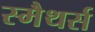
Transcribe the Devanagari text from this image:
स्मैथर्स